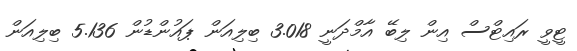
ޓީވީ ރައިޓްސް އިން ލިބޭ އާމްދަނީ 3.018 ބިލިއަން ޕައުންޑުން 5.136 ބިލިއަން